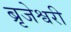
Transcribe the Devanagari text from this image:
ब्रृजेश्वरी